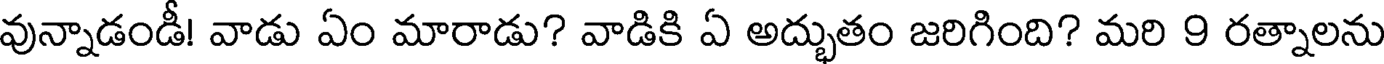
వున్నాడండీ! వాడు ఏం మారాడు? వాడికి ఏ అద్భుతం జరిగింది? మరి 9 రత్నాలను